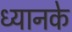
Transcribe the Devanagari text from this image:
ध्यानके